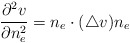
\begin{align*} \frac{\partial^2 v}{\partial n_e^2} = n_e \cdot (\triangle v) n_e\end{align*}